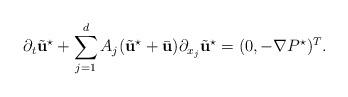
LaTeX: \begin{align*}\partial_{t}\tilde{\textbf{u}}^{\star} + \sum_{j=1}^{d}A_{j}(\tilde{\textbf{u}}^{\star}+\bar{\textbf{u}})\partial_{x_{j}}\tilde{\textbf{u}}^{\star}=(0, -\nabla P^{\star})^{T}.\end{align*}